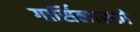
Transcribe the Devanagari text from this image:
गार्सिलास्को